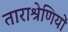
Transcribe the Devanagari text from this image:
ताराश्रेणियों